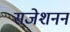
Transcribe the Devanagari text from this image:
सजेशनन